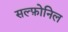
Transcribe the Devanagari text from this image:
सल्फ़ोनिल